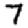
Digit: 7